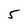
Character: 5